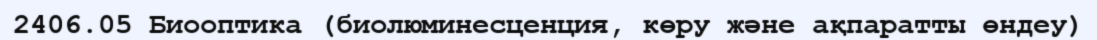
2406.05 Биооптика (биолюминесценция, көру және ақпаратты өндеу)